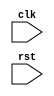
module i2c_controller(
    input wire clk,
    input wire rst,
    // Additional input/output ports for control signals, data signals, etc.

    // Define internal signals and registers for timing control and synchronization

    // Generate clock signals for I2C bus communication
    // Handle start and stop conditions timings
    // Manage data synchronization between master and slave devices
    // Handle arbitration for multiple devices on the bus
    
    // Additional components for generating and handling control signals
    
    // Data transmission/reception logic within specified timing constraints
    
);

// Your Verilog code for the I2C controller functionality goes here

endmodule